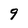
Character: 9